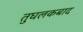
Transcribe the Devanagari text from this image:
तुघलकबाद